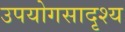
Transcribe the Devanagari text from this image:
उपयोगसादृश्य